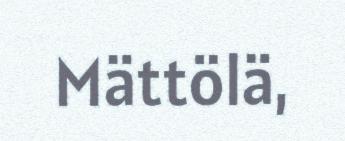
Mättölä,